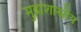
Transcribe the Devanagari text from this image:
मुद्राशास्रीय